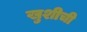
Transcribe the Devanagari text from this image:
खुशीची